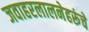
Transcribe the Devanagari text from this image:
जवाहरलालनेहरूंचे